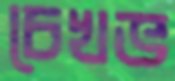
চেখভ